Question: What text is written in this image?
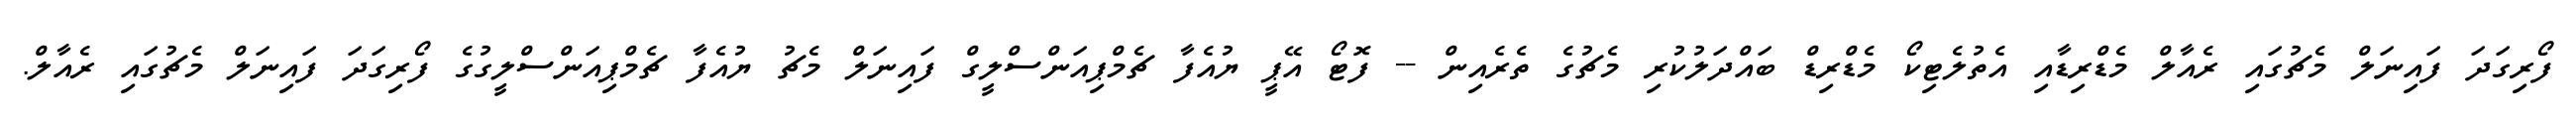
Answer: ފޯރިގަދަ ފައިނަލް މެޗުގައި ރެއާލް މެޑްރިޑާއި އެތުލެޓިކޯ މެޑްރިޑް ބައްދަލުކުރި މެޗުގެ ތެރެއިން -- ފޮޓޯ އޭޕީ ޔުއެފާ ޗެމްޕިއަންސްލީގް ފައިނަލް މެޗު ޔުއެފާ ޗެމްޕިއަންސްލީގުގެ ފޯރިގަދަ ފައިނަލް މެޗުގައި ރެއާލް.